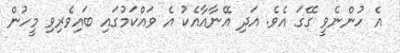
އެ ހުންނެވީ ގޭގަ އެވެ. އަދި އޭނާއާއެކު އެ ވައްކަމުގައި ބައިވެރިވި މީހުން